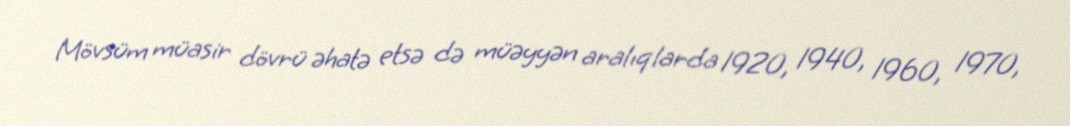
Mövsüm müasir dövrü əhatə etsə də müəyyən aralıqlarda 1920, 1940, 1960, 1970,